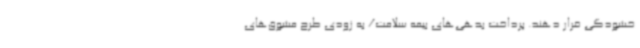
خشودگی قرار دهند. پرداخت بدهی‌های بیمه سلامت/ به زودی طرح مشوق‌های